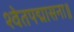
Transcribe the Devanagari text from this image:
श्वेतपद्मासना॥